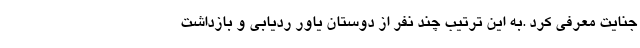
جنایت معرفی کرد .به این ترتیب چند نفر از دوستان یاور ردیابی و بازداشت